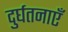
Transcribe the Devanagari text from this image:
दुर्घतनाएँ